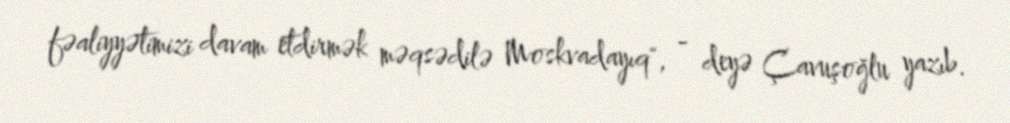
fəaliyyətimizi davam etdirmək məqsədilə Moskvadayıq", - deyə Çavuşoğlu yazıb.